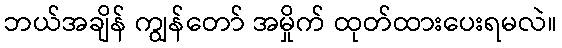
ဘယ်အချိန် ကျွန်တော် အမှိုက် ထုတ်ထားပေးရမလဲ။